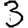
Digit: 3